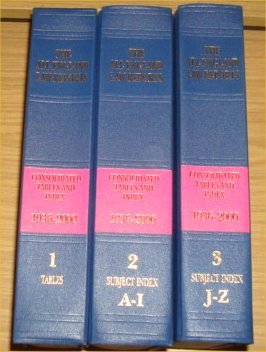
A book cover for All England Law Reports Consolidated Index 1936-2000; Butterworths Editors; Law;